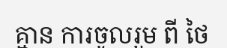
គ្មាន ការចូលរួម ពី ថៃ